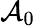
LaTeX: \mathcal{A}_{0}